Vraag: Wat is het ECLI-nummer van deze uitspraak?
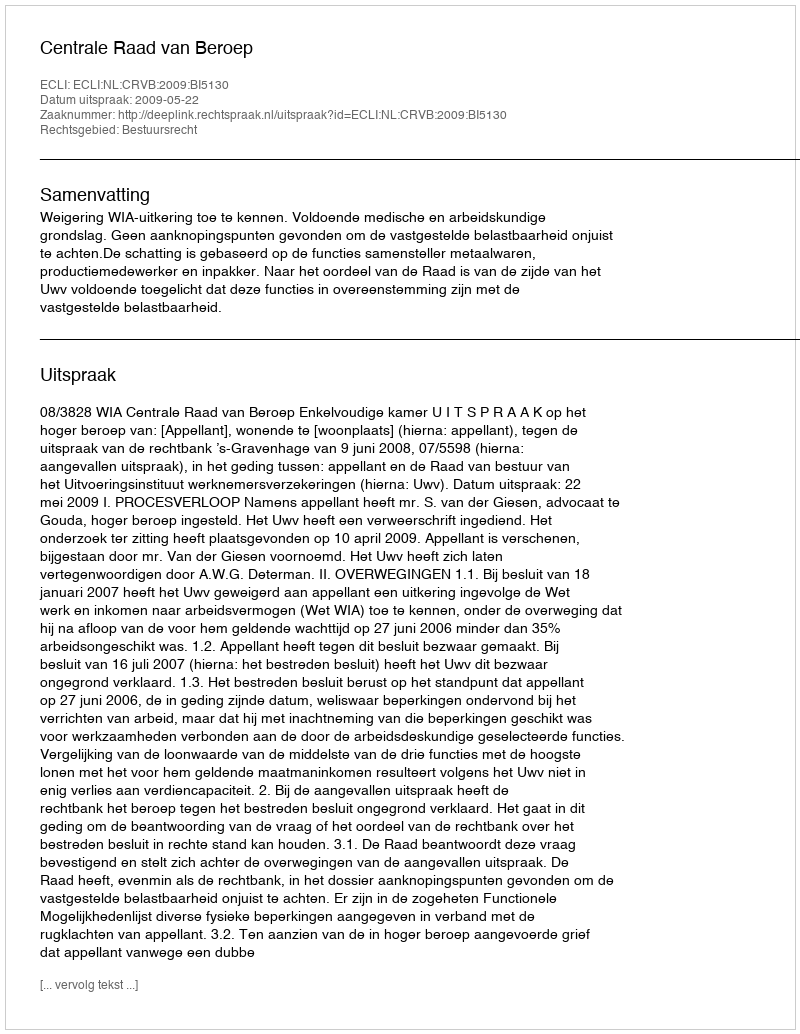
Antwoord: ECLI:NL:CRVB:2009:BI5130